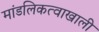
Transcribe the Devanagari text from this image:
मांडलिकत्वाखाली